Calcutta medical institutions reports 1892-1900
Year: 1892
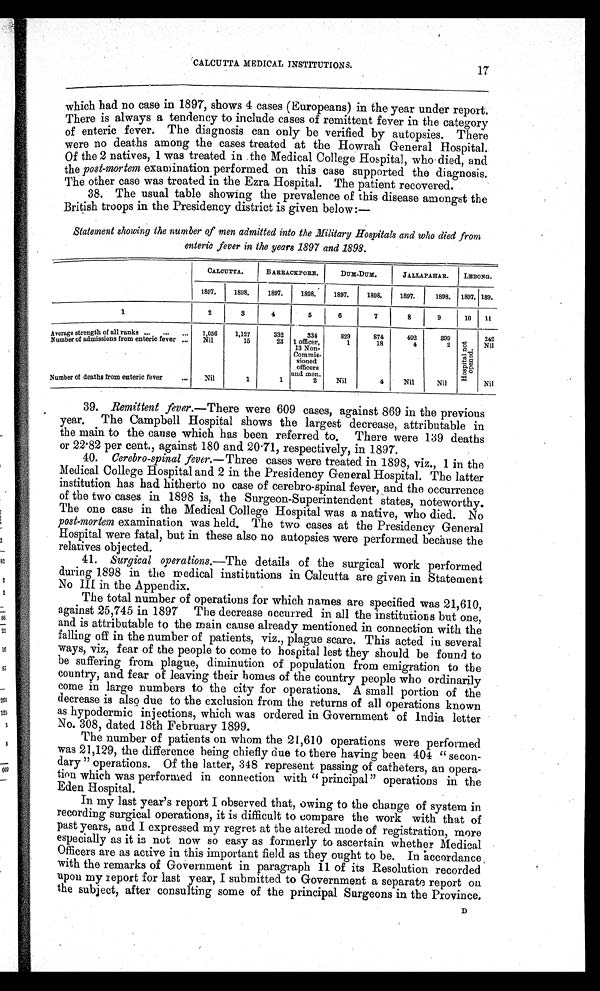
CALCUTTA MEDICAL INSTITUTIONS.
which had no case in 1897, shows 4 cases (Europeans) in the year under report.
There is always a tendency to include cases of remittent fever in the category
of enteric fever. The diagnosis can only be verified by autopsies. There
were no deaths among the cases treated at the Howrah General Hospital.
Of the 2 natives, 1 was treated in the Medical College Hospital, who died, and
the post-mortem examination performed on this case supported the diagnosis.
The other case was treated in the Ezra Hospital. The patient recovered.
38. The usual table showing the prevalence of this disease amongst the
British troops in the Presidency district is given below:—
Statement showing the number of men admitted into the Military Hospitals and who died from
enteric fever in the years 1897 and 1898.
CALCUTTA.
BARRACKPORE.
DUM-DUM.
JALLAPAHAR. LEBONG.
1897. 1898.
1897. 1898. 1897. 1898. 1897.
1898. 1897. 189.
1
2
3
4
5
6
7
8
9
10 11
Average strength of all ranks ... ... ... 1,056 1,127
332
334
829
874
492
399
H o s p i t a l n o t o p e n e d .
242
Number of admissions from enteric fever ... Nil
15
23 1 officer,
13 Non-
Commis- sioned
officers
and men.
1
18
4
2
Nil
Number of deaths from enteric fever
... Nil
1
1
2
Nil
4
Nil
Nil
Nil
39. Remittent fever. —There were 609 cases, against 869 in the previous
year. The Campbell Hospital shows the largest decrease, attributable in
the main to the cause which has been referred to. There were 139 deaths
or 22.82 per cent., against 180 and 20.71, respectively, in 1897.
40. Cerebro-spinal fever. —Three cases were treated in 1898, viz., 1 in the
Medical College Hospital and 2 in the Presidency General Hospital. The latter
institution has had hitherto no case of cerebro-spinal fever, and the occurrence
of the two cases in 1898 is, the Surgeon-Superintendent states, noteworthy.
The one case in the Medical College Hospital was a native, who died. No
post-mortem examination was held. The two cases at the Presidency General
Hospital were fatal, but in these also no autopsies were performed because the
relatives objected.
41. Surgical operations.—The details of the surgical work performed
during 1898 in the medical institutions in Calcutta are given in Statement
No III in the Appendix.
The total number of operations for which names are specified was 21,610,
against 25,745 in 1897 The decrease occurred in all the institutions but one,
and is attributable to the main cause already mentioned in connection with the
falling off in the number of patients, viz., plague scare. This acted in several
ways, viz, fear of the people to come to hospital lest they should be found to
be suffering from plague, diminution of population from emigration to the
country, and fear of leaving their homes of the country people who ordinarily
come in large numbers to the city for operations. A small portion of the
decrease is also due to the exclusion from the returns of all operations known
as hypodermic injections, which was ordered in Government of India letter
No. 308, dated 18th February 1899.
The number of patients on whom the 21,610 operations were performed
was 21,129, the difference being chiefly due to there having been 404 " secon-
dary " operations. Of the latter, 348 represent passing of catheters, an opera-
tion which was performed in connection with " principal" operations in the
Eden Hospital.
In my last year's report I observed that, owing to the change of system in
recording surgical operations, it is difficult to compare the work with that of
past years, and I expressed my regret at the altered mode of registration, more
especially as it is not now so easy as formerly to ascertain whether Medical
Officers are as active in this important field as they ought to be. In accordance
with the remarks of Government in paragraph 11 of its Resolution recorded
upon my report for last year, I submitted to Government a separate report on
the subject, after consulting some of the principal Surgeons in the Province.
17